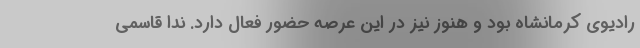
رادیوی کرمانشاه بود و هنوز نیز در این عرصه حضور فعال دارد. ندا قاسمی